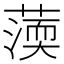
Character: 𦺾